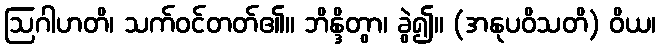
ဩဂါဟတိ၊ သက်ဝင်တတ်၏။ ဘိန္ဒိတွာ၊ ခွဲ၍။ (အနုပဝိသတိ) ဝိယ၊